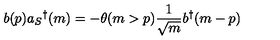
b ( p ) a _ { S } { } ^ { \dag } ( m ) = - \theta ( m > p ) \frac { 1 } { \sqrt { m } } b ^ { \dag } ( m - p )